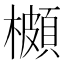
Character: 櫇